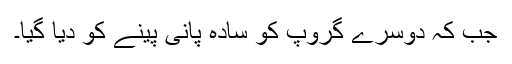
جب کہ دوسرے گروپ کو سادہ پانی پینے کو دیا گیا۔